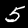
Digit: 5